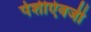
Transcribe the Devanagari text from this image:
पेशीऐवजी